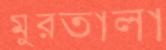
মুরতালা